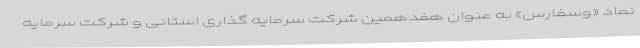
نماد «وسفارس» به عنوان هفدهمین شرکت سرمایه گذاری استانی و شرکت سرمایه